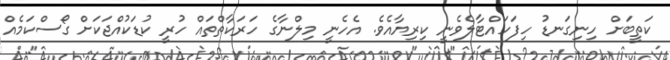
ކަތީބަށް ހިނިގަނޑު ހިފަހައްޓާލެވެނީ ކިރިޔާއެވެ. އެހެނީ މިލްނާގެ ހަރަކާތްތައް ހުރީ ކުޑަކުއްޖަކަށް ގޯސްކަމެއް